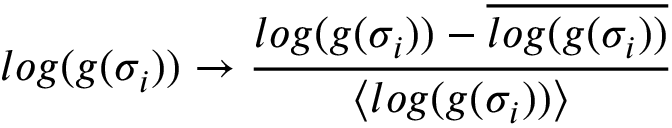
l o g ( g ( \sigma _ { i } ) ) \rightarrow \frac { l o g ( g ( \sigma _ { i } ) ) - \overline { { l o g ( g ( \sigma _ { i } ) ) } } } { \langle { l o g ( g ( \sigma _ { i } ) ) } \rangle }